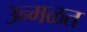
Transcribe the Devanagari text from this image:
उन्मळत